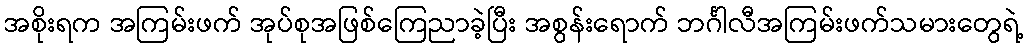
အစိုးရက အကြမ်းဖက် အုပ်စုအဖြစ်ကြေညာခဲ့ပြီး အစွန်းရောက် ဘင်္ဂါလီအကြမ်းဖက်သမားတွေရဲ့